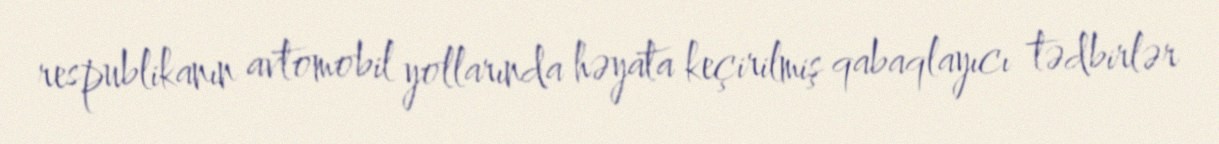
respublikanın avtomobil yollarında həyata keçirilmiş qabaqlayıcı tədbirlər